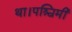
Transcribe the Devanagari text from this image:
था।पश्चिमी